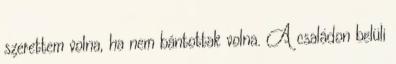
szerettem volna, ha nem bántottak volna. A családon belüli